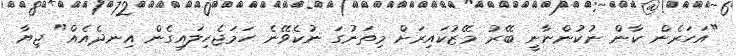
"އަހަރެން ކާން ނުކުންނާނީ ބޭރު މޭޒުކައިރަށް މިތަނުގަ ނުކެވޭނެ ހަމަޖެހިލައިގެން އިނދެއެއް" ޖިޔާ